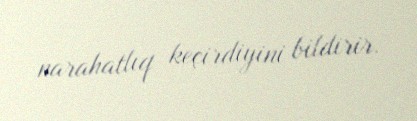
narahatlıq keçirdiyini bildirir.